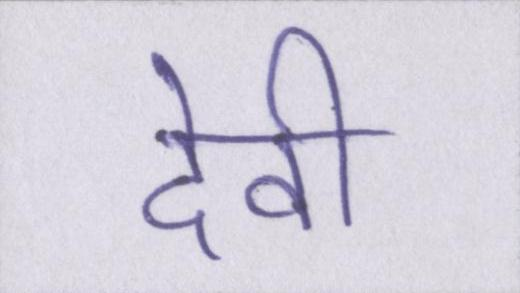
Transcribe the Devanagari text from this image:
देवी